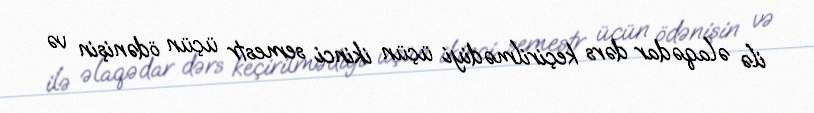
ilə əlaqədar dərs keçirilmədiyi üçün ikinci semestr üçün ödənişin və